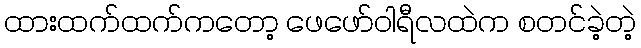
ထားထက်ထက်ကတော့ ဖေဖော်ဝါရီလထဲက စတင်ခဲ့တဲ့